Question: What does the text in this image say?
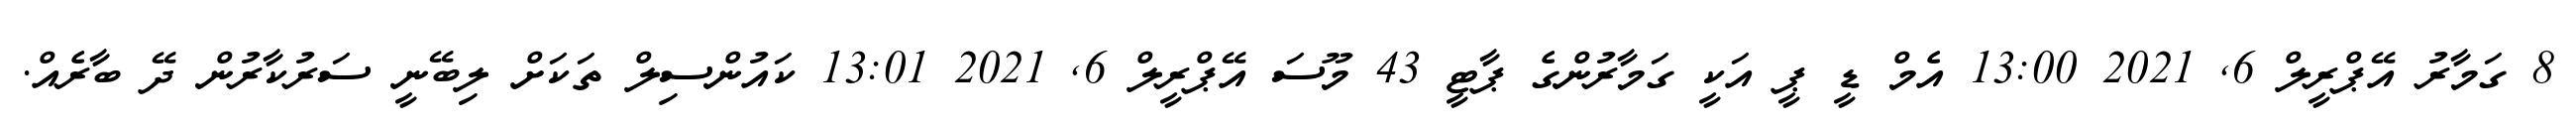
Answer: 8 ގަމާރު އޭޕްރީލް 6, 2021 13:00 އެމް ޑީ ޕީ އަކީ ގަމާރުންގެ ޕާޓީ 43 މޫސަ އޭޕްރީލް 6, 2021 13:01 ކައުންސިލް ތަކަށް ލިބޭނީ ސަރުކާރުން ދޭ ބާރެއް.